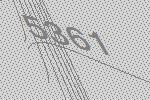
5361